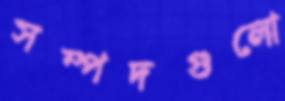
সম্পদগুলো